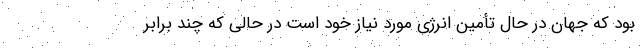
بود که جهان در حال تأمین انرژی مورد نیاز خود است در حالی که چند برابر